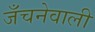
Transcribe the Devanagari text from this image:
जँचनेवाली